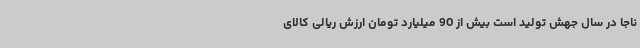
ناجا در سال جهش تولید است بیش از 90 میلیارد تومان ارزش ریالی کالای